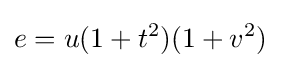
e=u(1+t^{2})(1+v^{2})